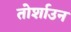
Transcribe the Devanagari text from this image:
तोर्शाउन